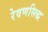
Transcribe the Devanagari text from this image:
रेवणसिद्ध